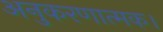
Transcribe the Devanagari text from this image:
अनुकरणात्मक।